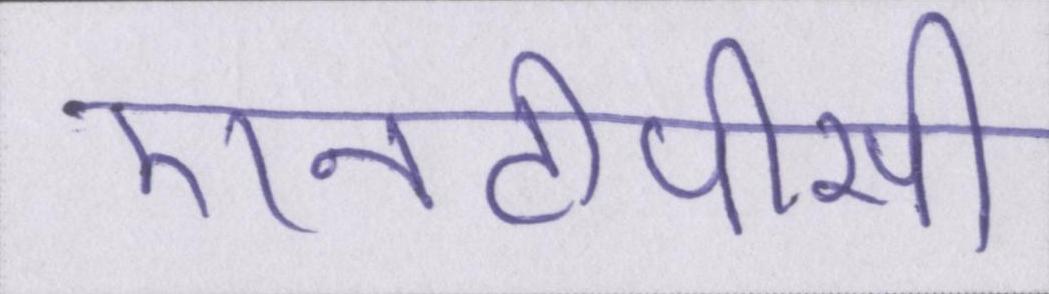
एनटीपीसी